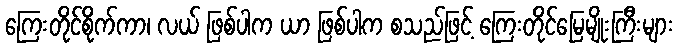
ကြေးတိုင်စိုက်ကာ၊ လယ် ဖြစ်ပါက ယာ ဖြစ်ပါက စသည်ဖြင့် ကြေးတိုင်မြေမျိုးကြီးများ